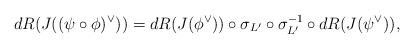
LaTeX: \begin{align*}dR(J((\psi \circ \phi)^\vee)) = dR(J(\phi^\vee)) \circ \sigma_{L'} \circ \sigma_{L'}^{-1} \circ dR(J(\psi^\vee)),\end{align*}